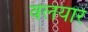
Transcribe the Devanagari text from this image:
वलयार